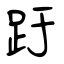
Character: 趶